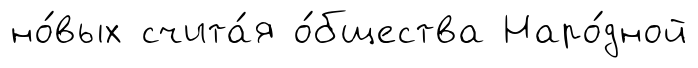
но́вых счита́я о́бщества Наро́дной